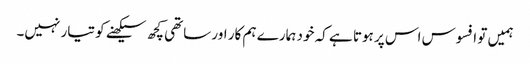
ہمیں تو افسوس اس پر ہوتا ہے کہ خود ہمارے ہم کار اور ساتھی کچھ سیکھنے کو تیار نہیں۔